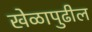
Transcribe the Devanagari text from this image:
खेळापुढील